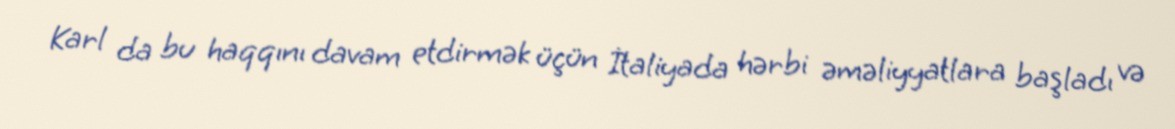
Karl da bu haqqını davam etdirmək üçün İtaliyada hərbi əməliyyatlara başladı və